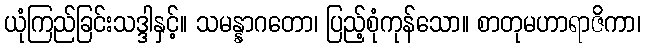
ယုံကြည်ခြင်းသဒ္ဒါနှင့်။ သမန္နာဂတော၊ ပြည့်စုံကုန်သော။ စာတုမဟာရာဇိကာ၊